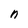
Character: n